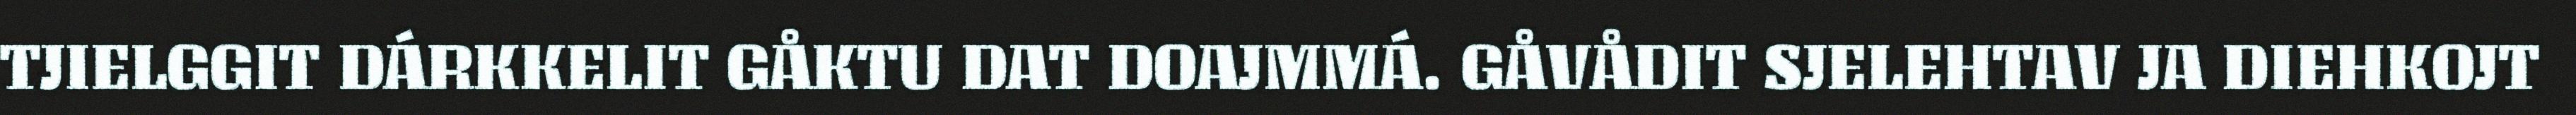
TJIELGGIT DÁRKKELIT GÅKTU DAT DOAJMMÁ. GÅVÅDIT SJELEHTAV JA DIEHKOJT